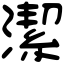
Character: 潔